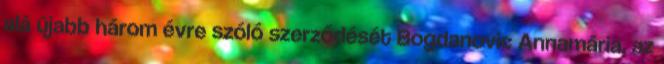
alá újabb három évre szóló szerződését Bogdanovic Annamária, az